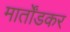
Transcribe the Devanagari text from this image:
मार्तोंडकर